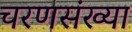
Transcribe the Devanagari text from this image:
चरणसंख्या